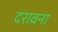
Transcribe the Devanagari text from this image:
दरावना